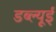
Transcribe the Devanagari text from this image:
डब्ल्यूई